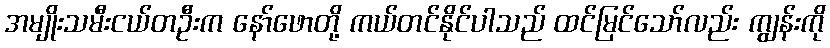
အမျိုးသမီးငယ်တဦးက နော်ဖောတို့ ကယ်တင်နိုင်ပါသည် ထင်မြင်သော်လည်း ကျွန်းကို